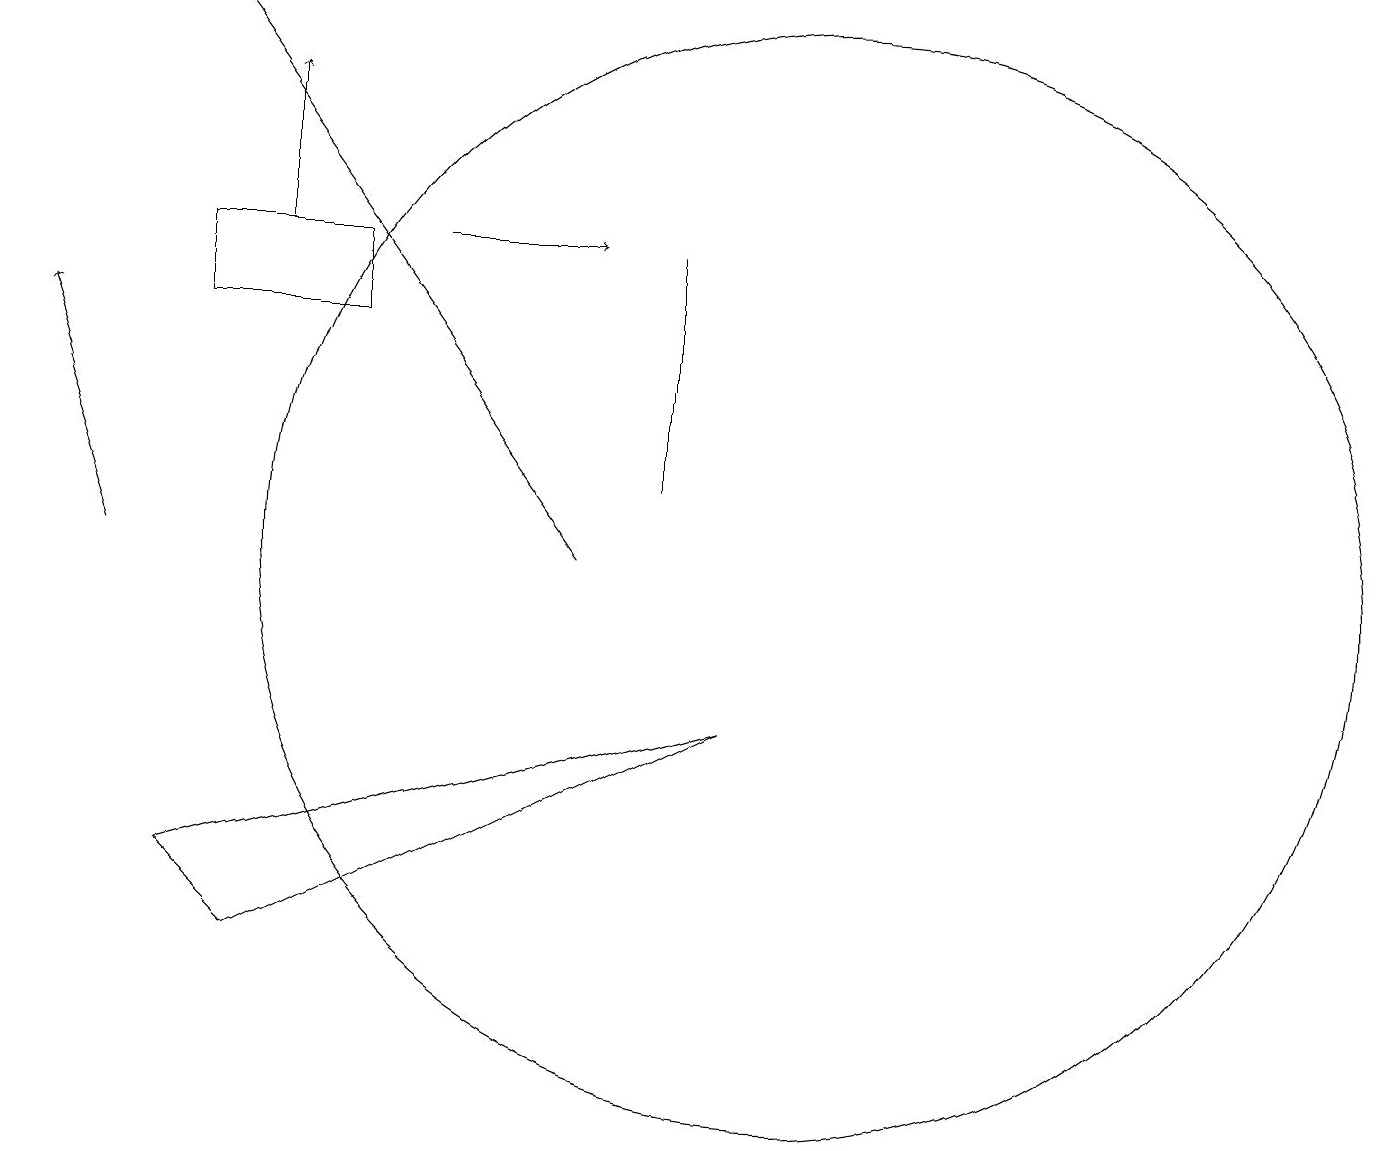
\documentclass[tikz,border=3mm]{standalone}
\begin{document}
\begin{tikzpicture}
\draw[->] (3,15) -- (3,17);
\draw[->] (1,11) -- (0,14);
\draw (10,11) circle (7);
\draw[->] (7,11) -- (2,18);
\draw (8,15) rectangle (8,12);
\draw (2,7) -- (9,9) -- (3,6) -- cycle;
\draw[->] (5,15) -- (7,15);
\draw (4,15) rectangle (2,14);
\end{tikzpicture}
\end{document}